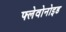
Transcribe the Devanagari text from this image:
फ्लेवोनोइड